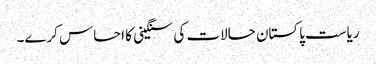
ریاست پاکستان حالات کی سنگینی کا احساس کرے۔